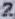
Text: 2